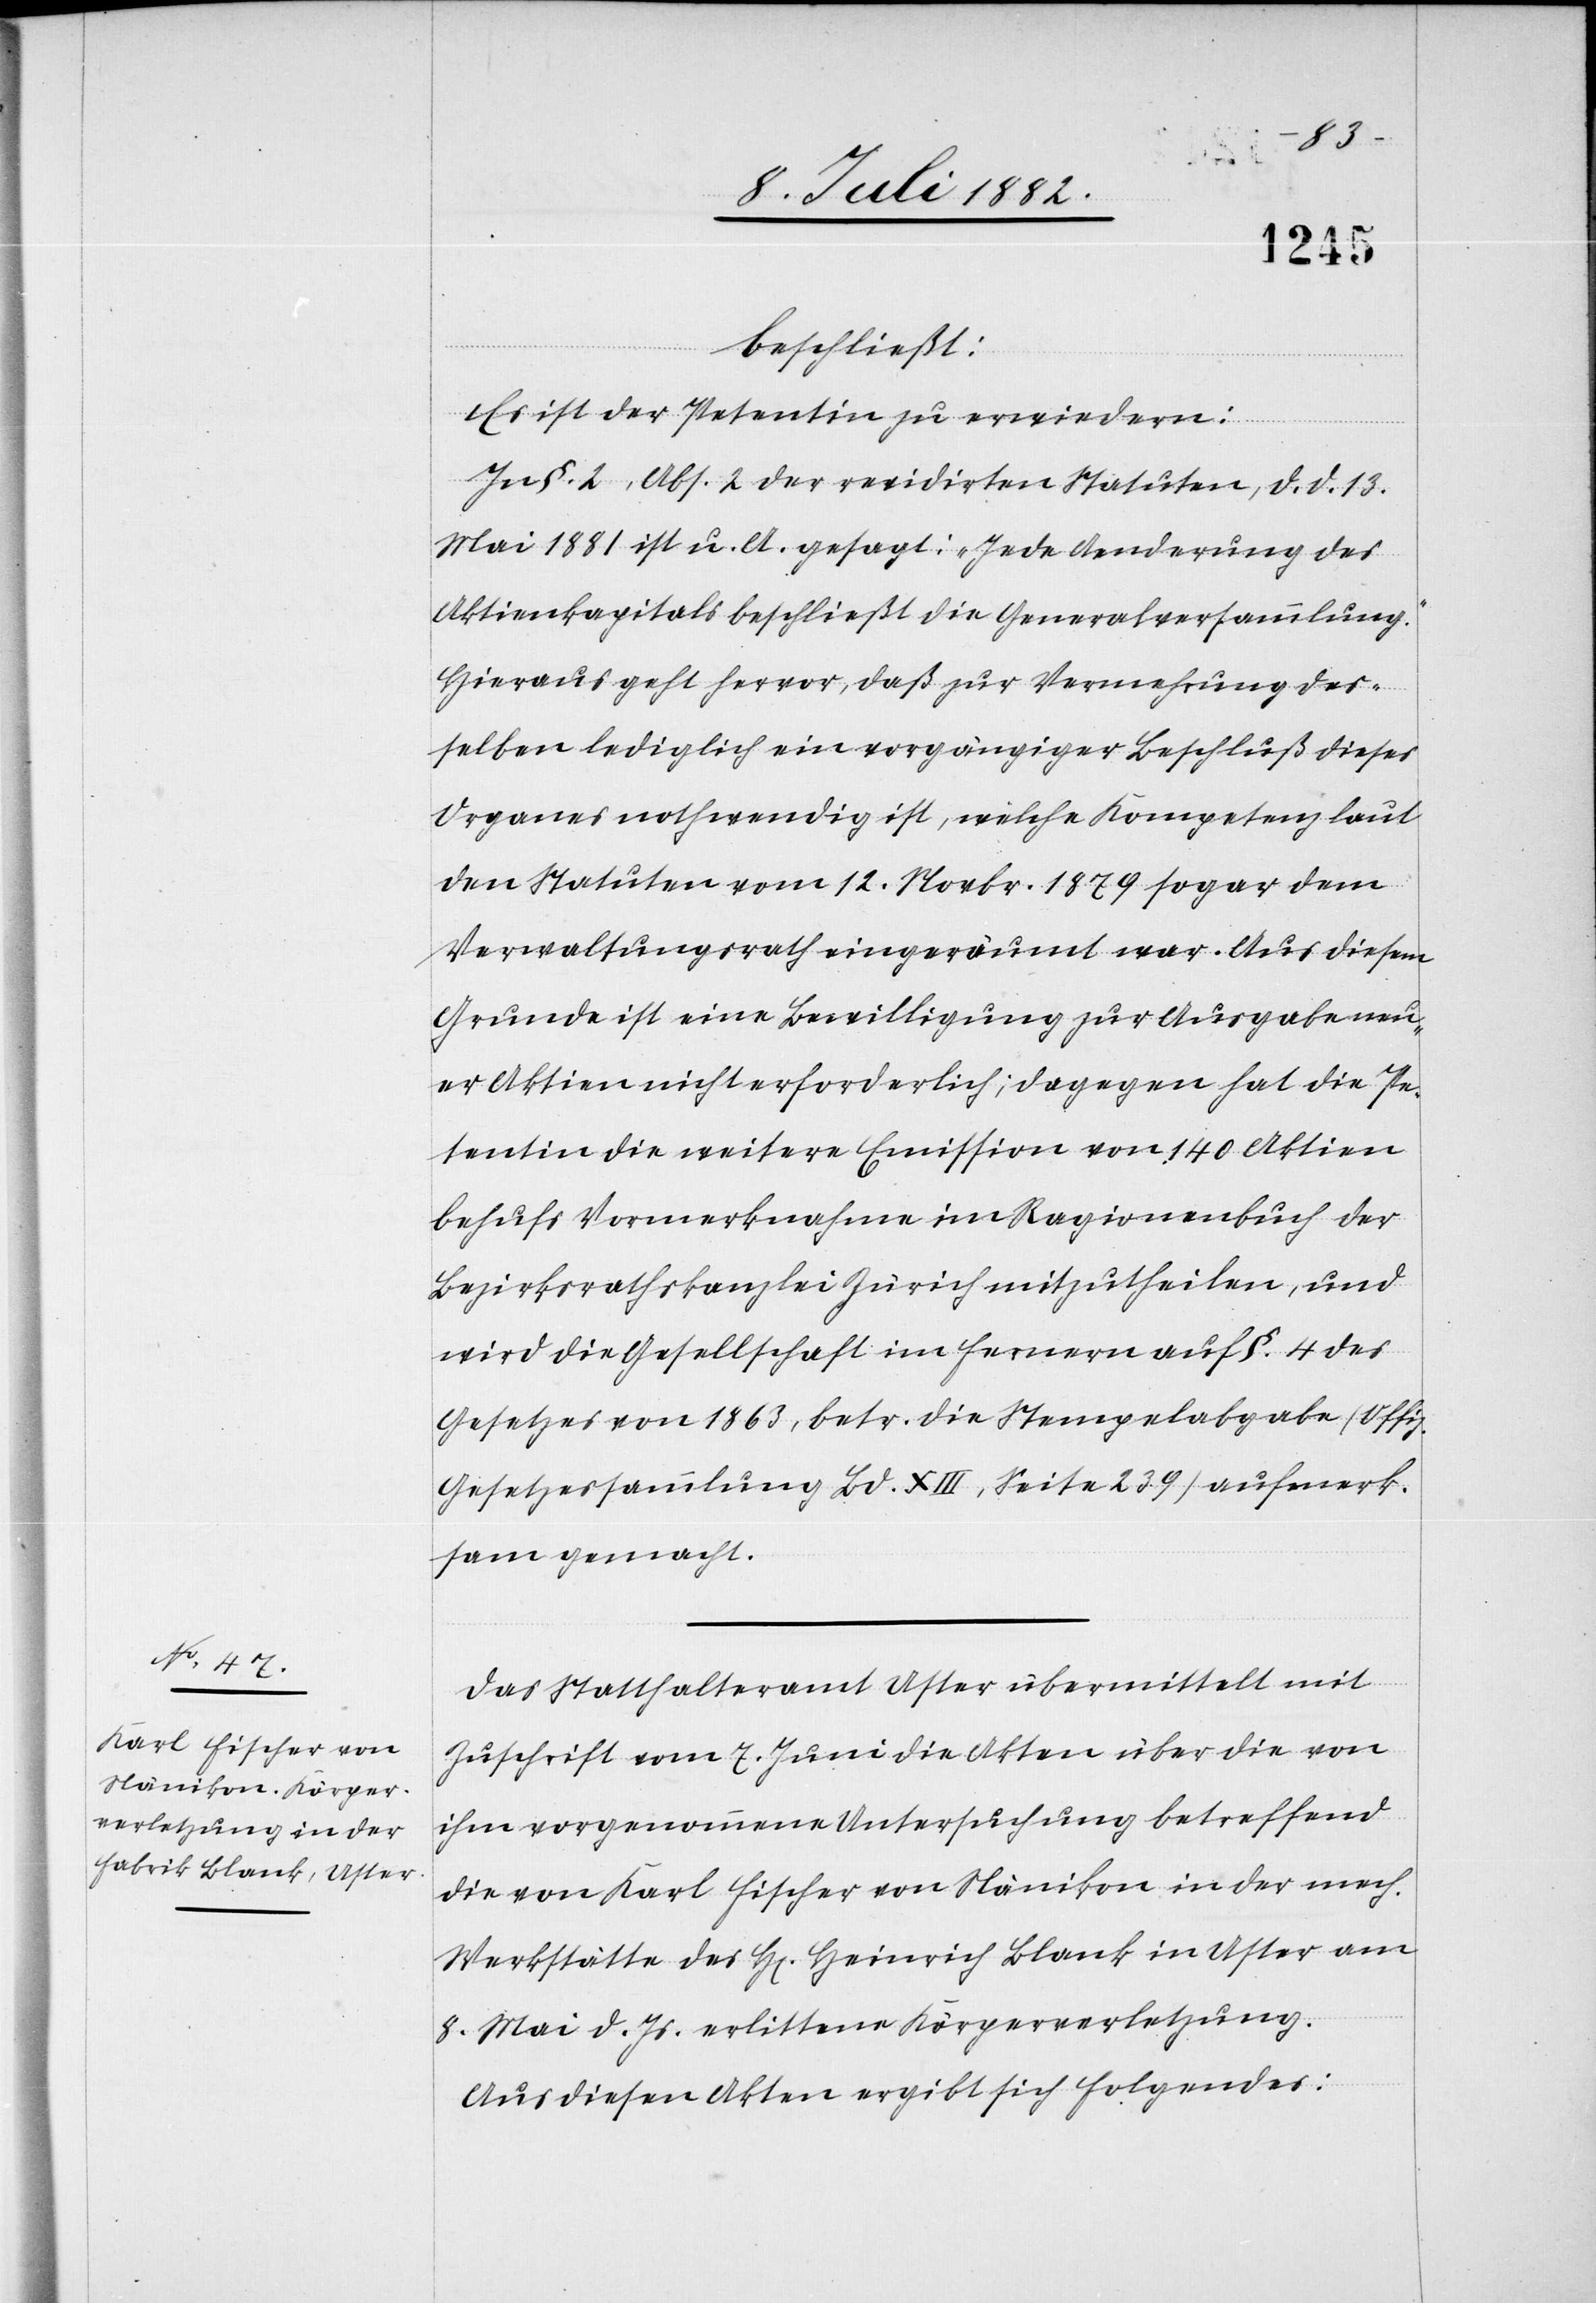
beschließt:
Es ist der Petentin zu erwiedern:
In §. 2, Abs. 2 der revidirten Statuten, d. d. 13.
Mai 1881 ist u. A. gesagt: „Jede Aenderung des
Aktienkapitals beschließt die Generalversammlung.“
Hieraus geht hervor, daß zur Vermehrung des¬
selben lediglich ein vorgängiger Beschluß dieses
Organes nothwendig ist, welche Kompetenz laut
den Statuten vom 12. Novbr. 1879 sogar dem
Verwaltungsrath eingeräumt war. Aus diesem
Grunde ist eine Bewilligung zur Ausgabe neu¬
er Aktien nicht erforderlich; dagegen hat die Pe¬
tentin die weitere Emission von 140 Aktien
behufs Vormerknahme im Ragionenbuch der
Bezirkskanzlei Zürich mitzutheilen, und
wird die Gesellschaft im Fernern auf §. 4 des
Gesetzes von 1863, betr. die Stempelabgabe (Offiz.
Gesetzessammlung Bd. XIII, Seite 239) aufmerk¬
sam gemacht.
Das Statthalteramt Uster übermittelt mit
Zuschrift vom 7. Juni die Akten über die von
ihm vorgenommene Untersuchung betreffend
die von Karl Fischer von Nänikon in der mech.
Werkstätte des H[erren] Heinrich Blank in Uster am
8. Mai d. Js. erlittene Körperverletzung.
Aus diesen Akten ergibt sich Folgendes: